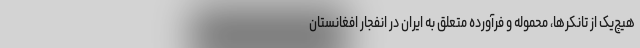
هیچ‌یک از تانکرها، محموله و فرآورده متعلق به ایران در انفجار افغانستان